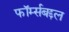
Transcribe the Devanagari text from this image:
फॉर्म्सबद्दल